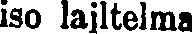
iso lajltelma